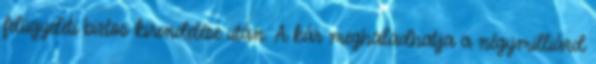
felügyeleti biztos kirendelése után. A kár meghaladhatja a négymilliárd